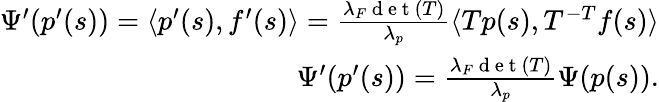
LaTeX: \begin{array}{r}{\Psi^{\prime}(p^{\prime}(s))=\langle p^{\prime}(s),f^{\prime}(s)\rangle=\frac{\lambda_{F}\mathrm{~d~e~t~}(T)}{\lambda_{p}}\langle Tp(s),T^{-T}f(s)\rangle}\\ {\Psi^{\prime}(p^{\prime}(s))=\frac{\lambda_{F}\mathrm{~d~e~t~}(T)}{\lambda_{p}}\Psi(p(s)).}\end{array}